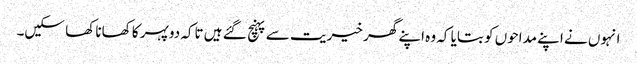
انہوں نے اپنے مداحوں کو بتایا کہ وہ اپنے گھر خیریت سے پہنچ گئے ہیں تاکہ دوپہر کا کھانا کھا سکیں۔